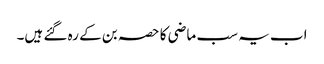
اب یہ سب ماضی کا حصہ بن کے رہ گئے ہیں۔